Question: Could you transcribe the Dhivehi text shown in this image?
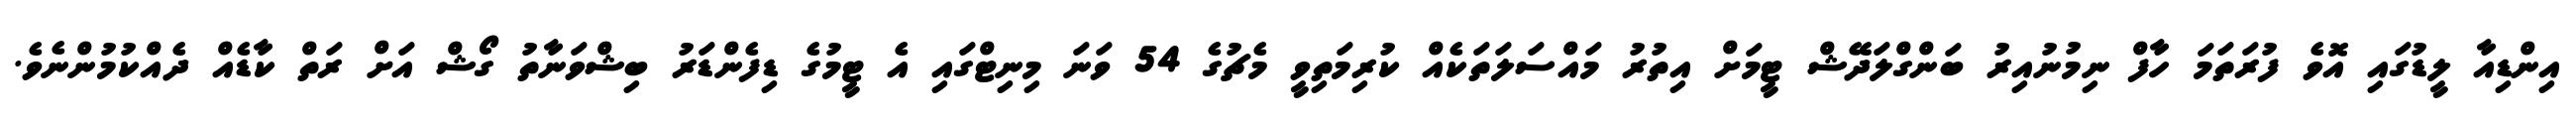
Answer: އިންޑިއާ ލީޑުގައި އޮވެ ފުރަތަމަ ހާފް ނިމުނުއިރު ބަންގްލަދޭޝް ޓީމަށް އިތުރު މައްސަލަތަކެއް ކުރިމަތިވީ މެޗުގެ 54 ވަނަ މިނިޓްގައި އެ ޓީމުގެ ޑިފެންޑަރު ބިޝްވަނާތު ގޯޝް އަށް ރަތް ކާޑެއް ދެއްކުމުންނެވެ.